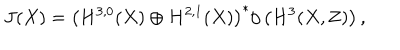
J ( X ) = \left( H ^ { 3 , 0 } ( X ) \oplus H ^ { 2 , 1 } ( X ) \right) ^ { * } / \left( H ^ { 3 } ( X , \mathbf { Z } ) \right) ,